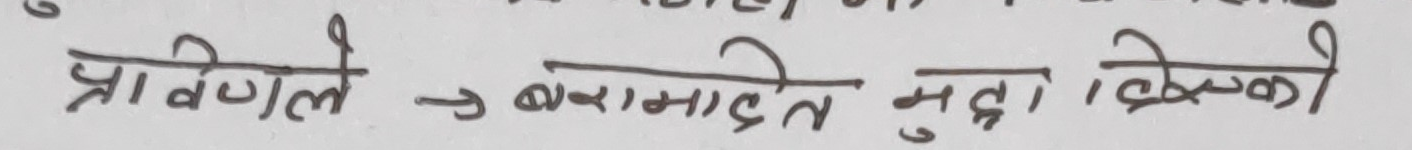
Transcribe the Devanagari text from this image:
प्रविधिले → बरामदते मुद्धा किसको